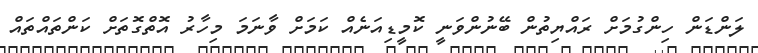
ލަންޑަން ހިންގުމަށް ރައްޔިތުން ބޭނުންވަނީ ކޮމީޑިއަނެއް ކަމަށް ވާނަމަ މިހާރު އޮތްގޮތަށް ކަންތައްތައް